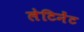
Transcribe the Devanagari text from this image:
लेटिनेंट